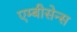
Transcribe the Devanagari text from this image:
एम्बीसेन्स